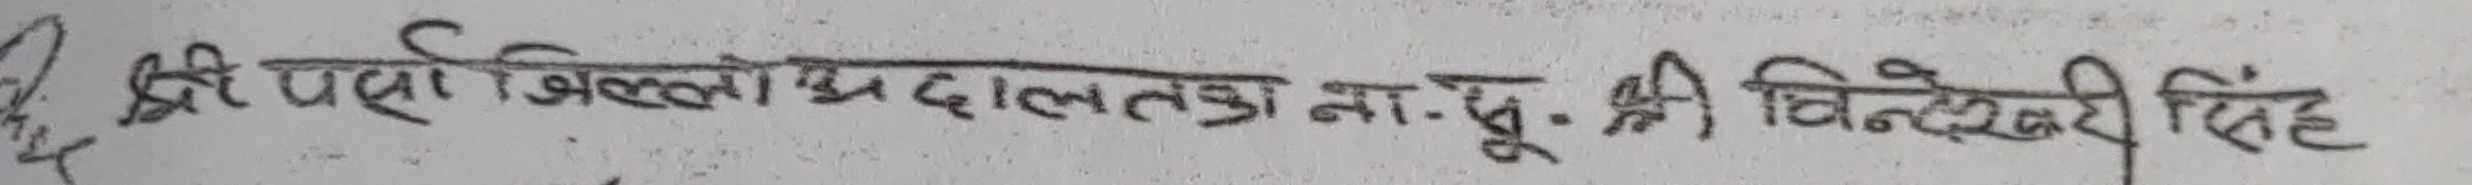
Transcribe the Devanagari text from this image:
श्री परसी जिल्हाधदलका ना.पू.श्री चिन्तेश्वरी सिंह